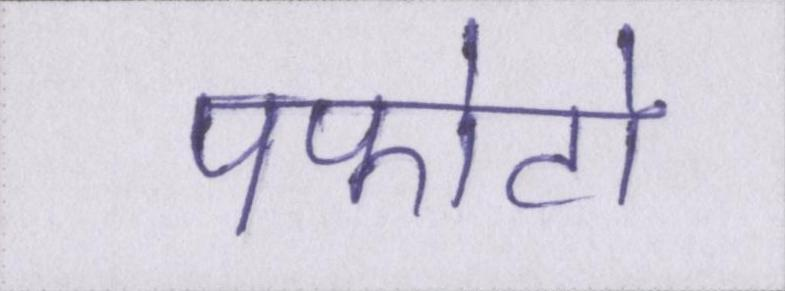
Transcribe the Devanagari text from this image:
पफोटो